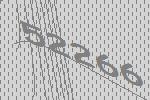
52266